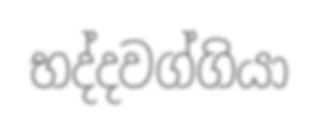
භද්දවග්ගියා